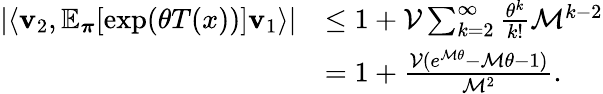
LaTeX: \begin{array}{rl}{\left\lvert\left\langle\mathbf{v}_{2},\mathbb{E}_{\boldsymbol\pi}[\exp(\theta T(x))]\mathbf{v}_{1}\right\rangle\right\rvert}&{\leq 1+\mathcal{V}\sum_{k=2}^{\infty}\frac{\theta^{k}}{k!}\mathcal{M}^{k-2}}\\ &{=1+\frac{\mathcal{V}(e^{\mathcal{M}\theta}-\mathcal{M}\theta-1)}{\mathcal{M}^{2}}.}\end{array}